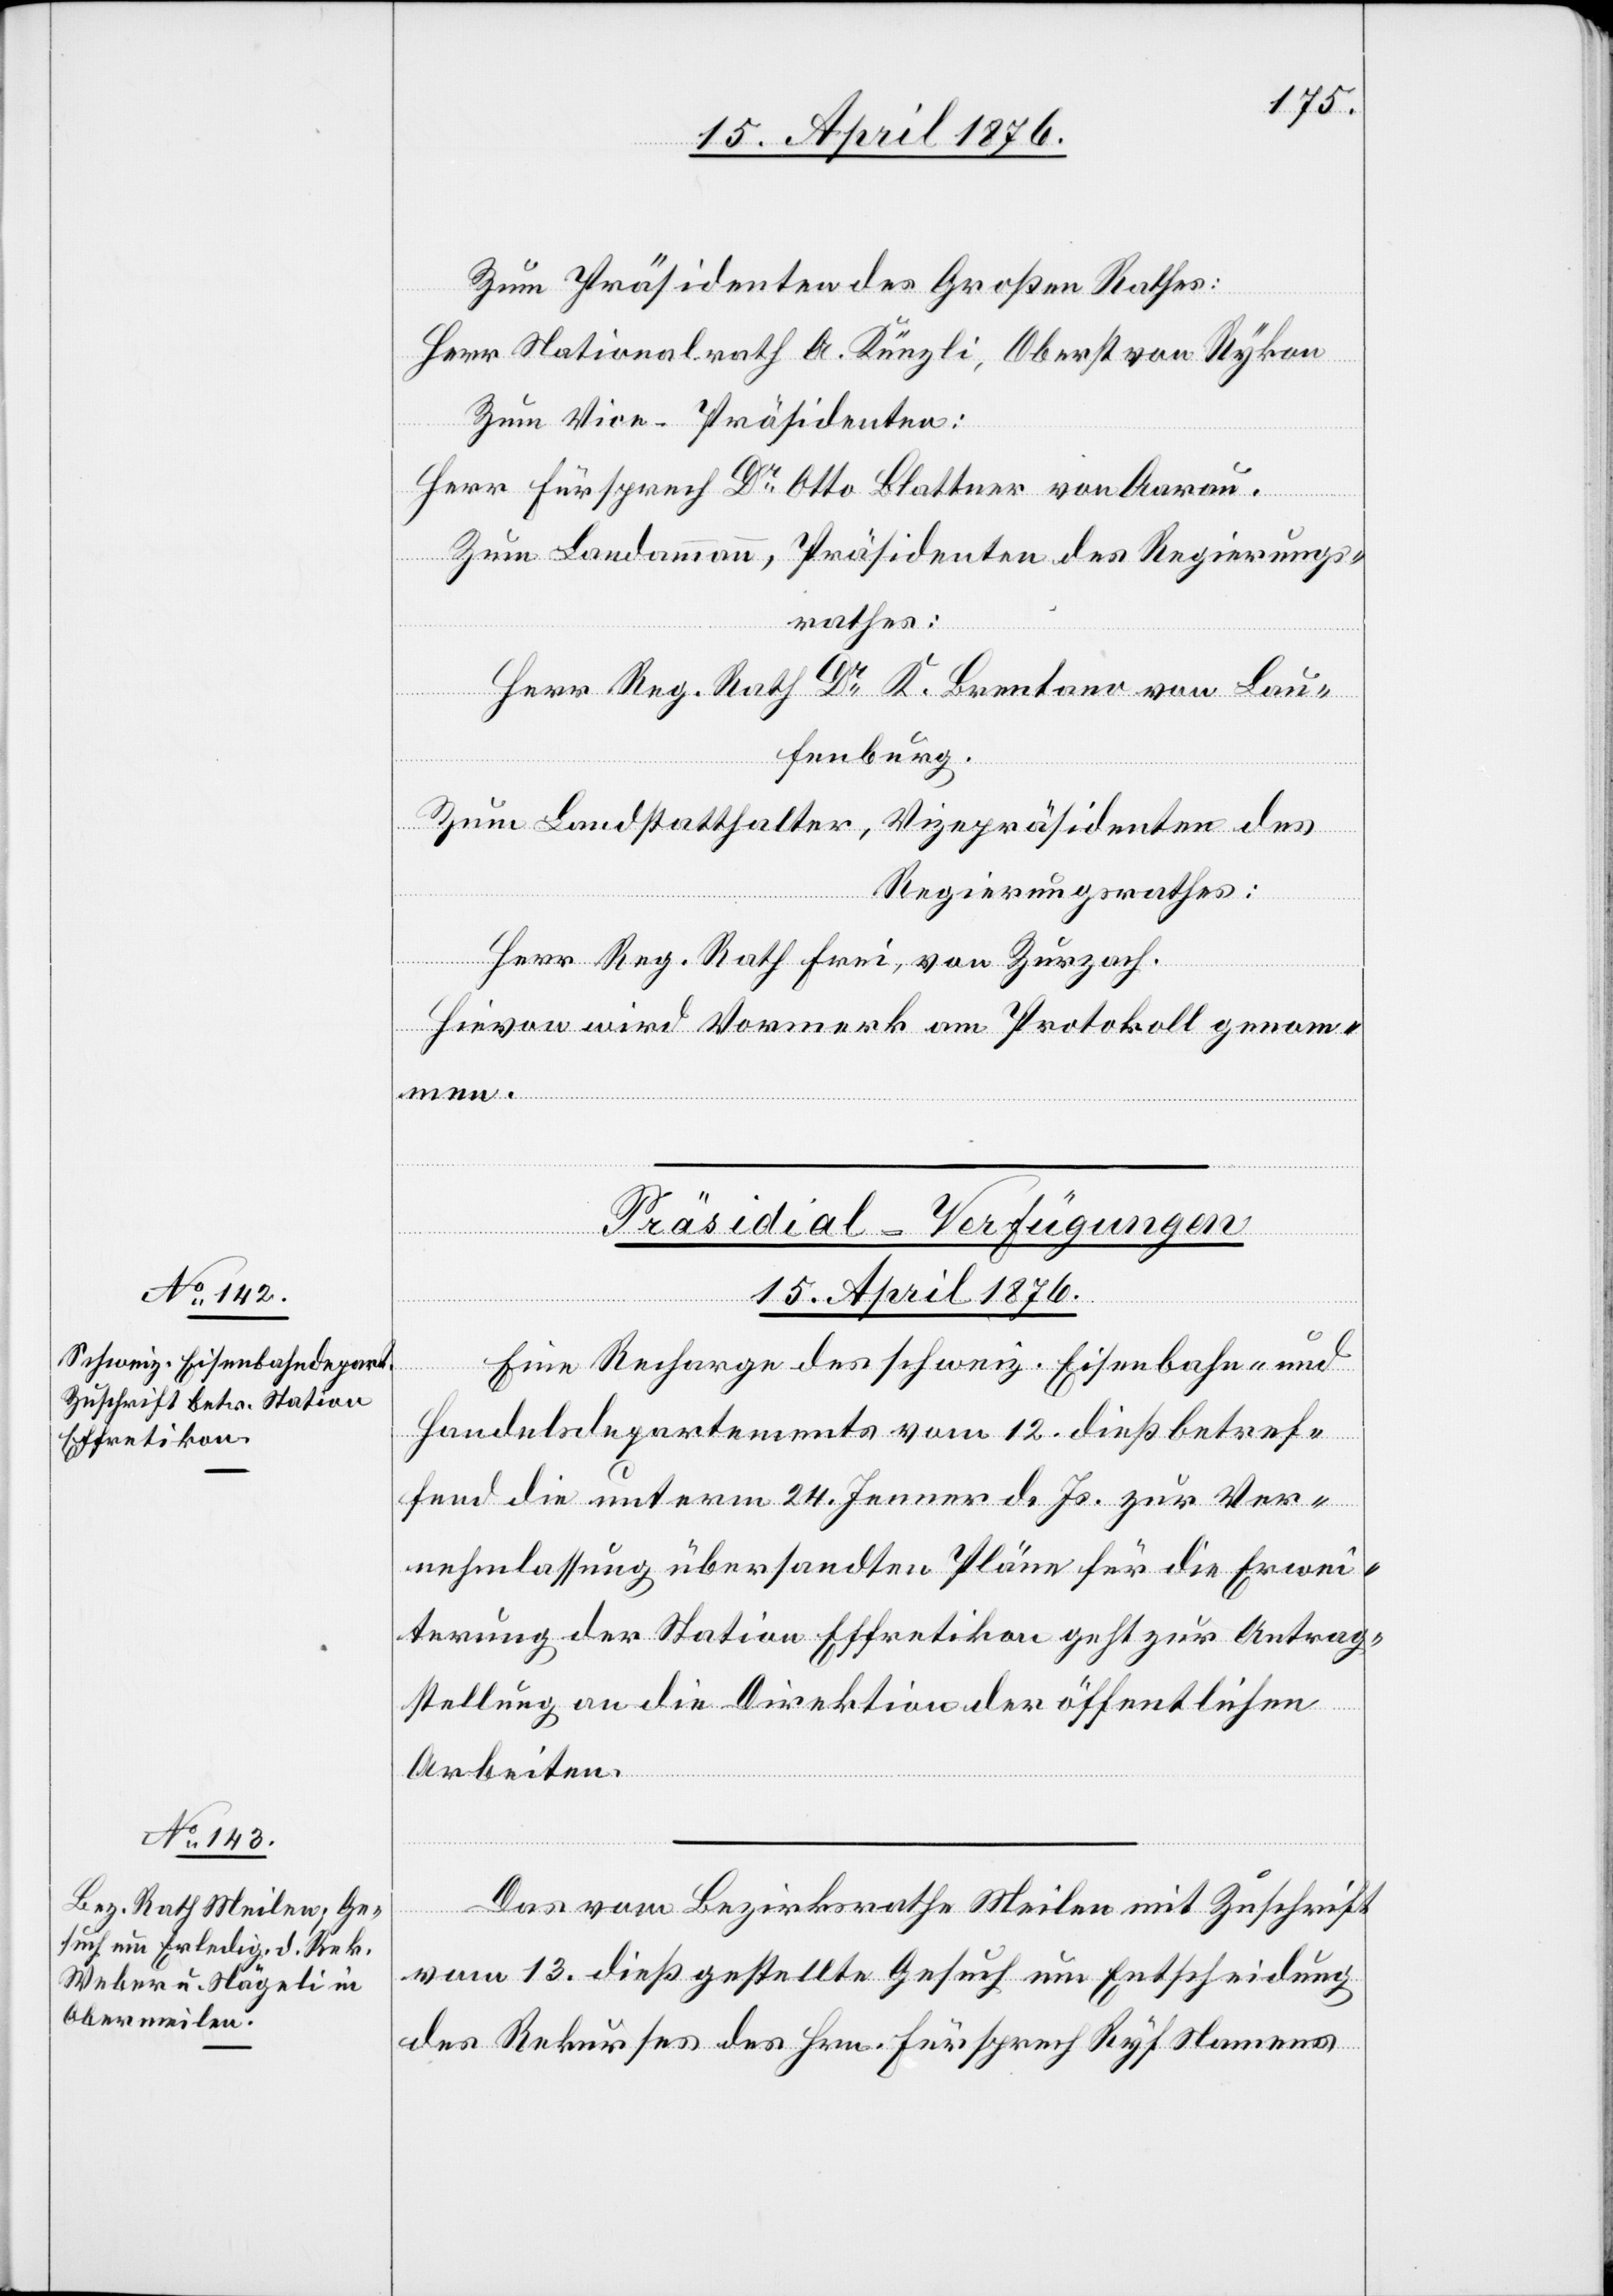
15. April 1876.]
Zum Präsidenten des Großen Rathes:
Herr Nationalrath A. Künzli, Oberst von Rykon
Zum Vice-Präsidenten:
Herr Fürsprech Dr Otto Blattner von Aarau.
Zum Landammann, Präsidenten des Regierungs¬
rathes:
Herr Reg. Rath Dr K. Brentano von Lau¬
fenburg.
Zum Landstatthalter, Vizepräsidenten des
Regierungsrathes:
Herr Reg. Rath Frei, von Zurzach.
Hievon wird Vormerk am Protokoll genom¬
men.
[Präsidial-Verfügungen
15. April 1876.
Eine Recharge des schweiz. Eisenbahn- und
Handelsdepartement vom 12. dieß betref¬
fend die unterm 24. Jenner d. Js. zur Ver¬
nehmlassung übersandten Pläne für die Erwei¬
terung der Station Effretikon geht zur Antrag¬
stellung an die Direktion der öffentlichen
Arbeiten.
Das vom Bezirksrathe Meilen mit Zuschrift
vom 13. dieß gestellte Gesuch um Entscheidung
des Rekurses des Hrn. Fürsprech Ryf Namens